Bréfritari: Þórarinn Stefánsson
Dagsetning: A-1923-10-22
Skrifað á: Vesturheimi

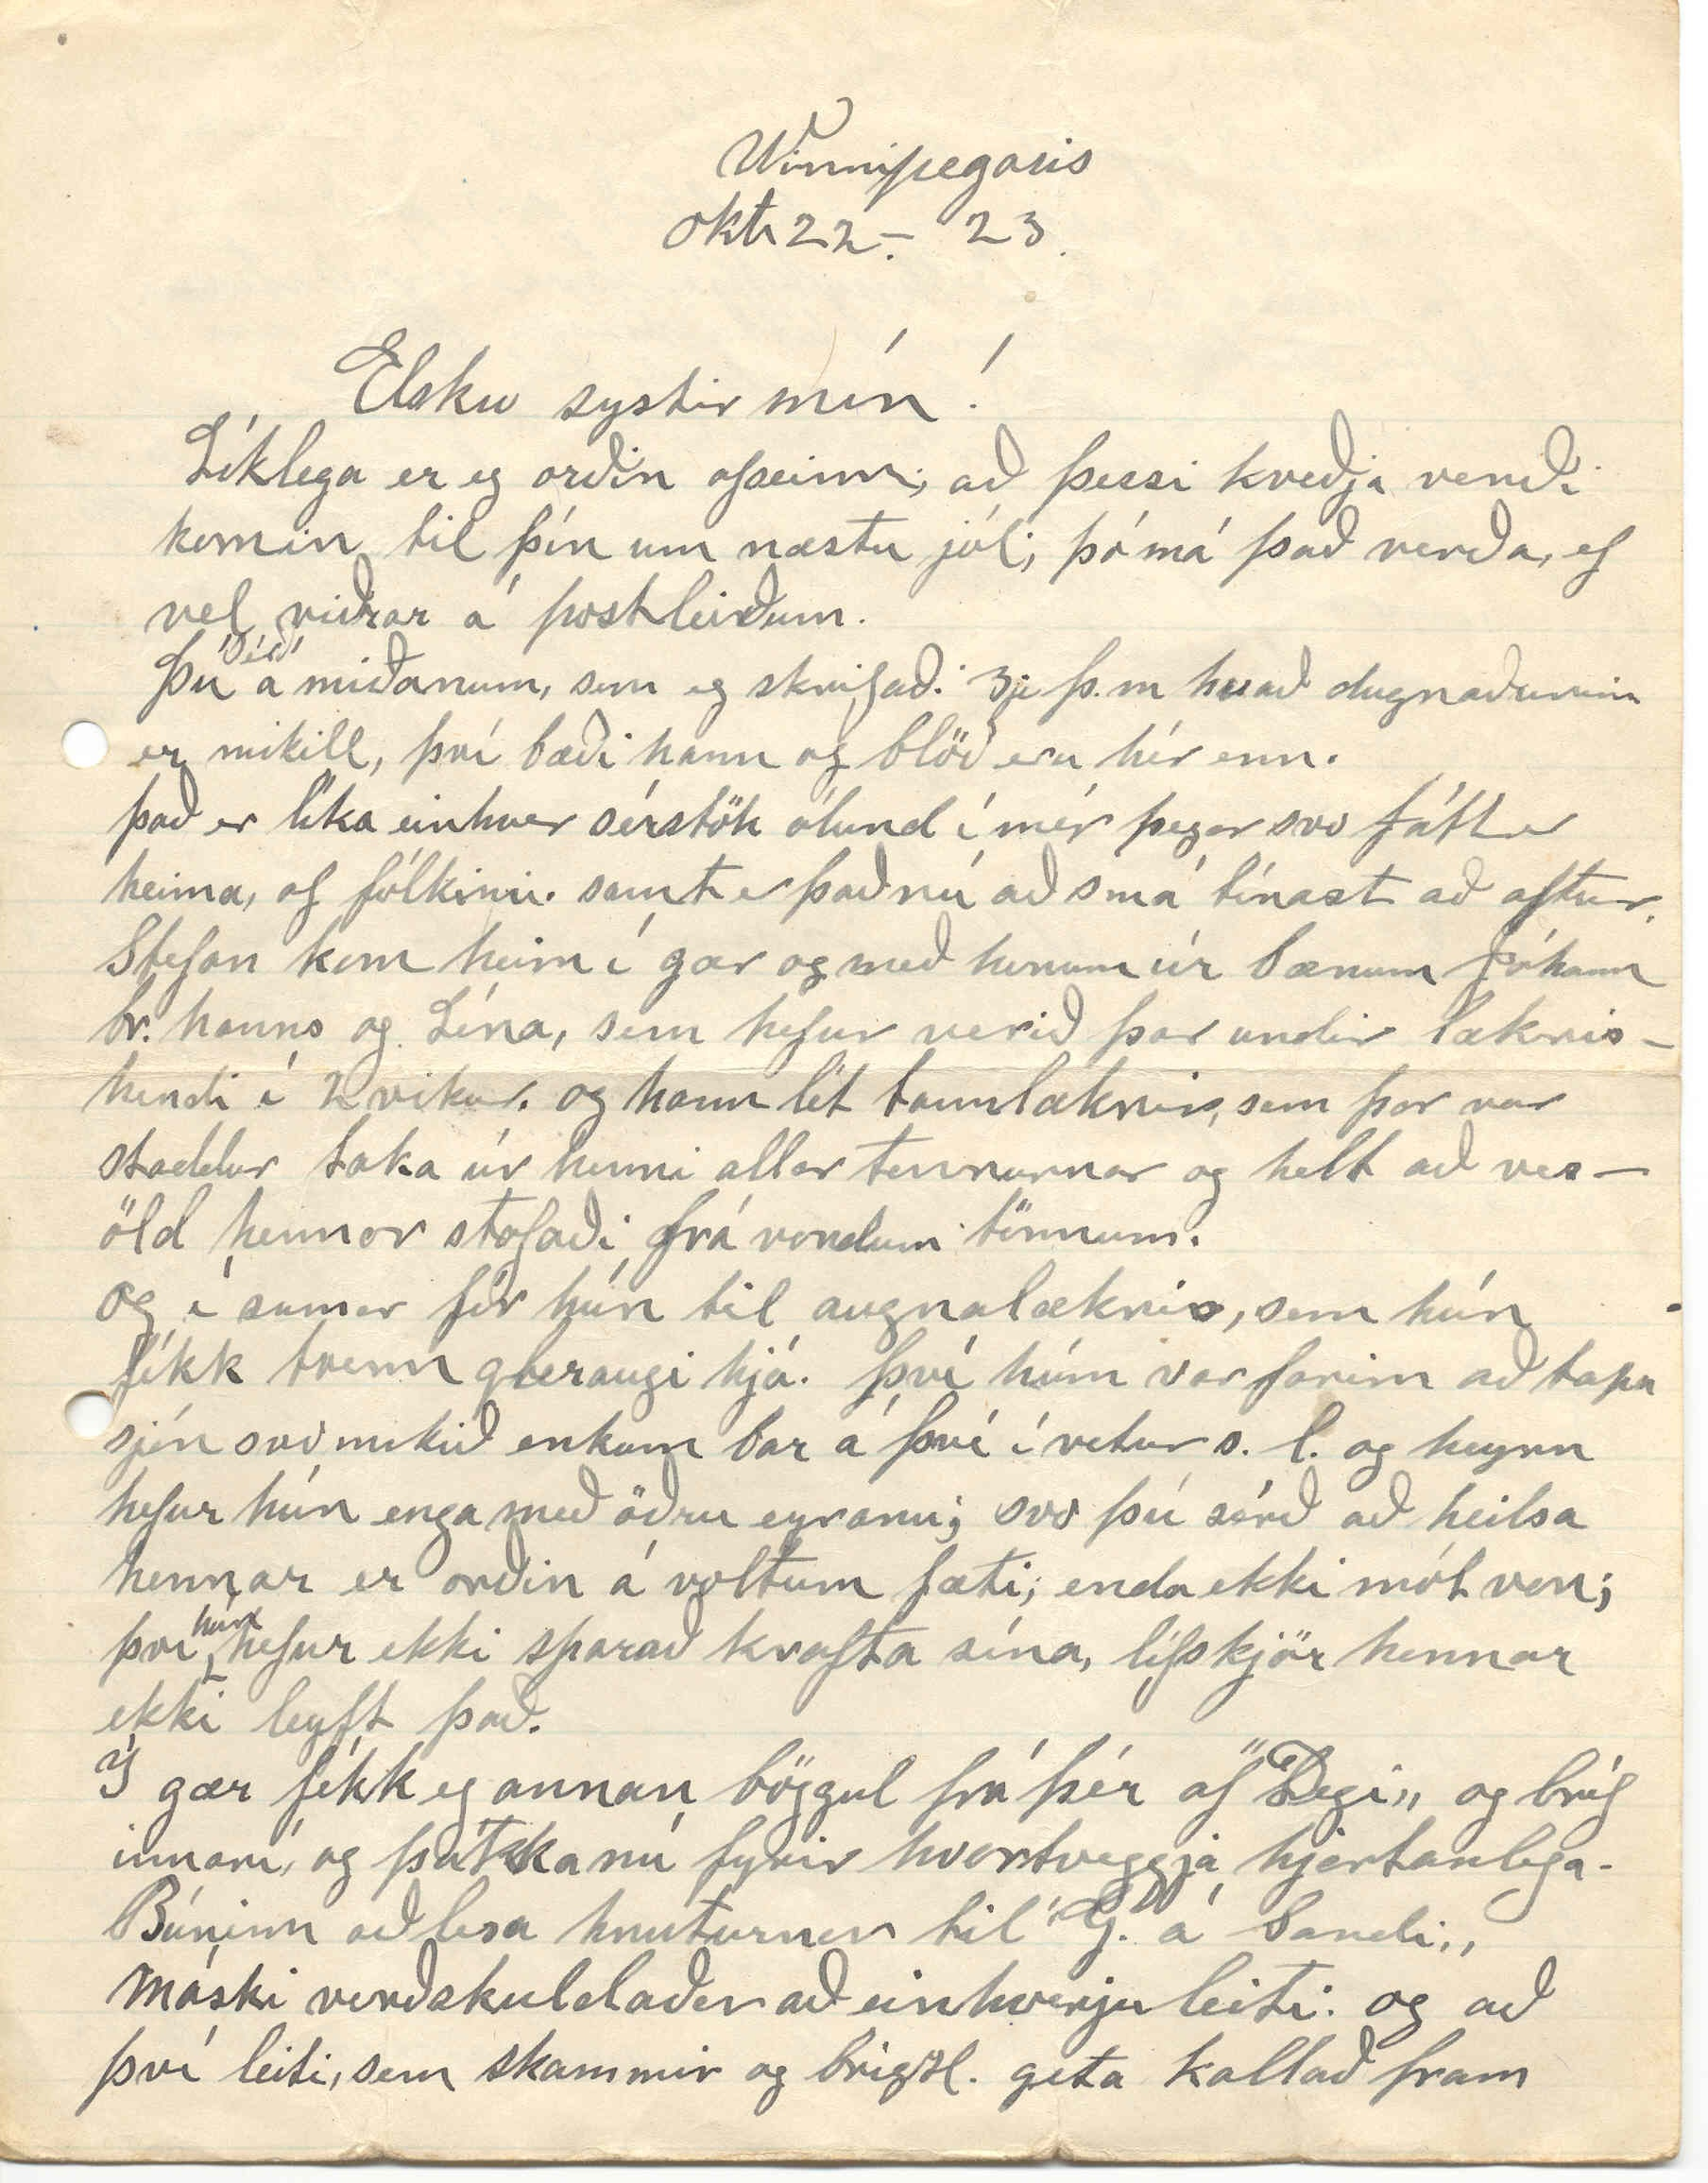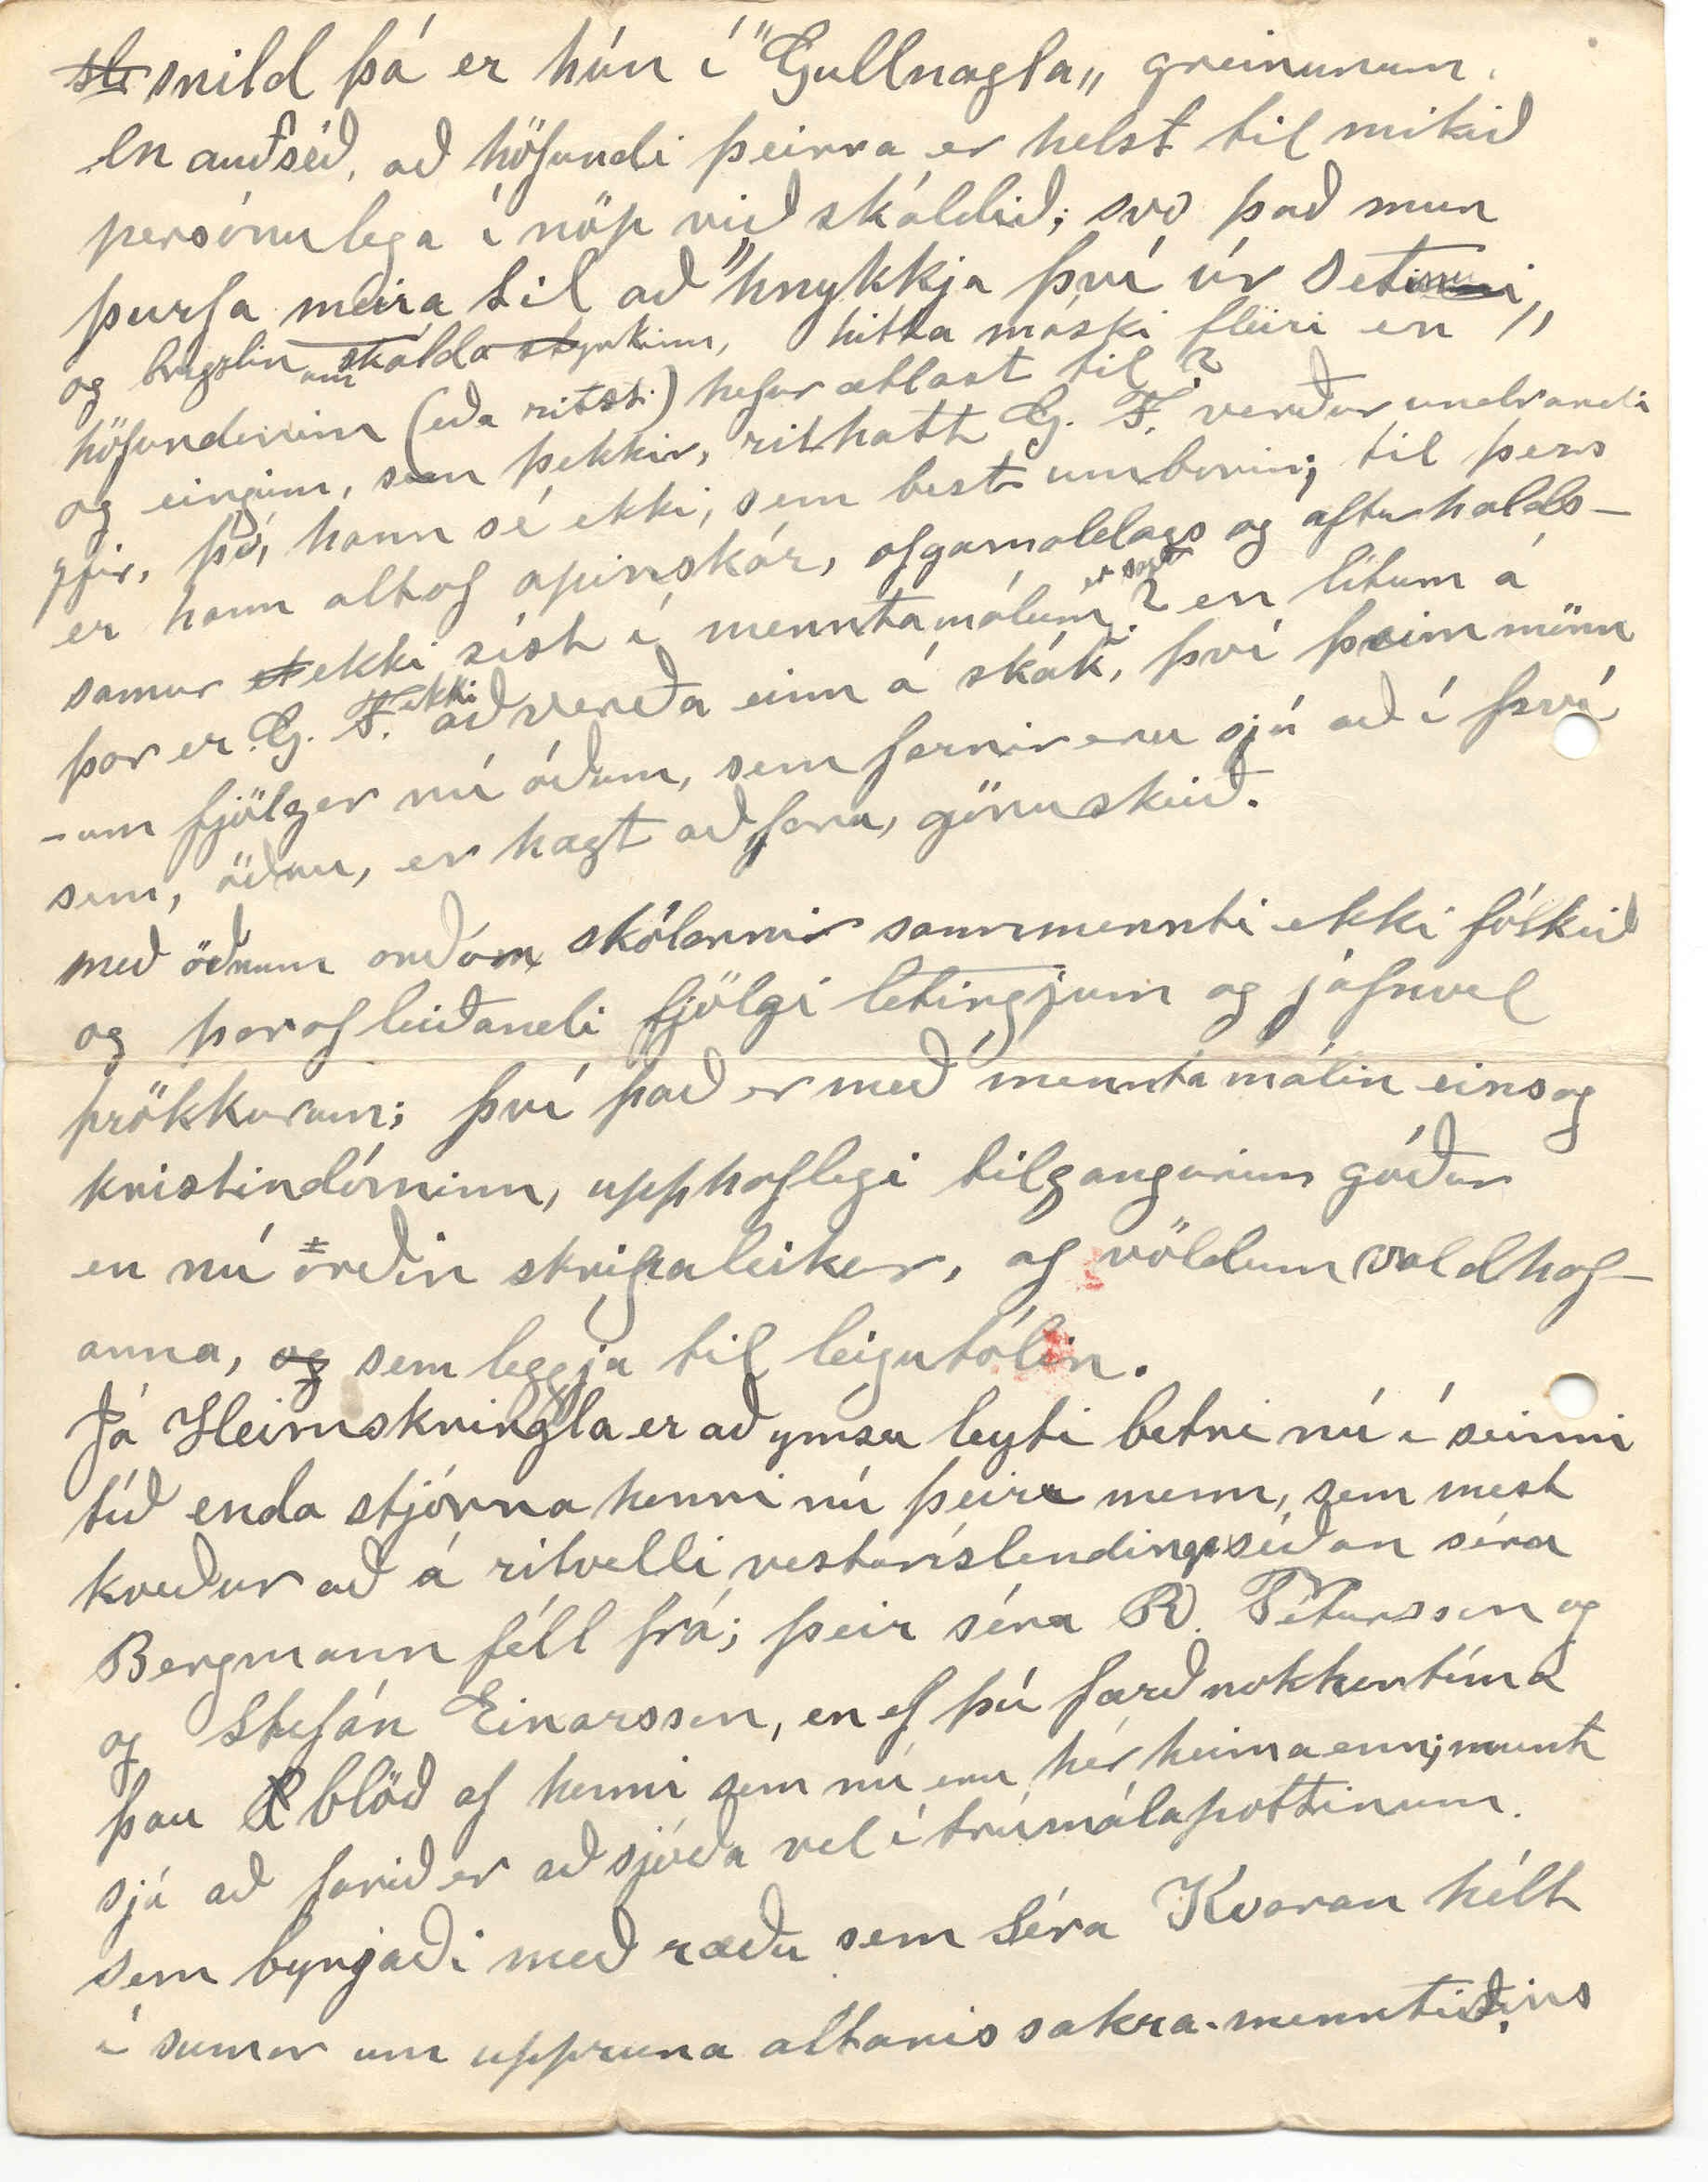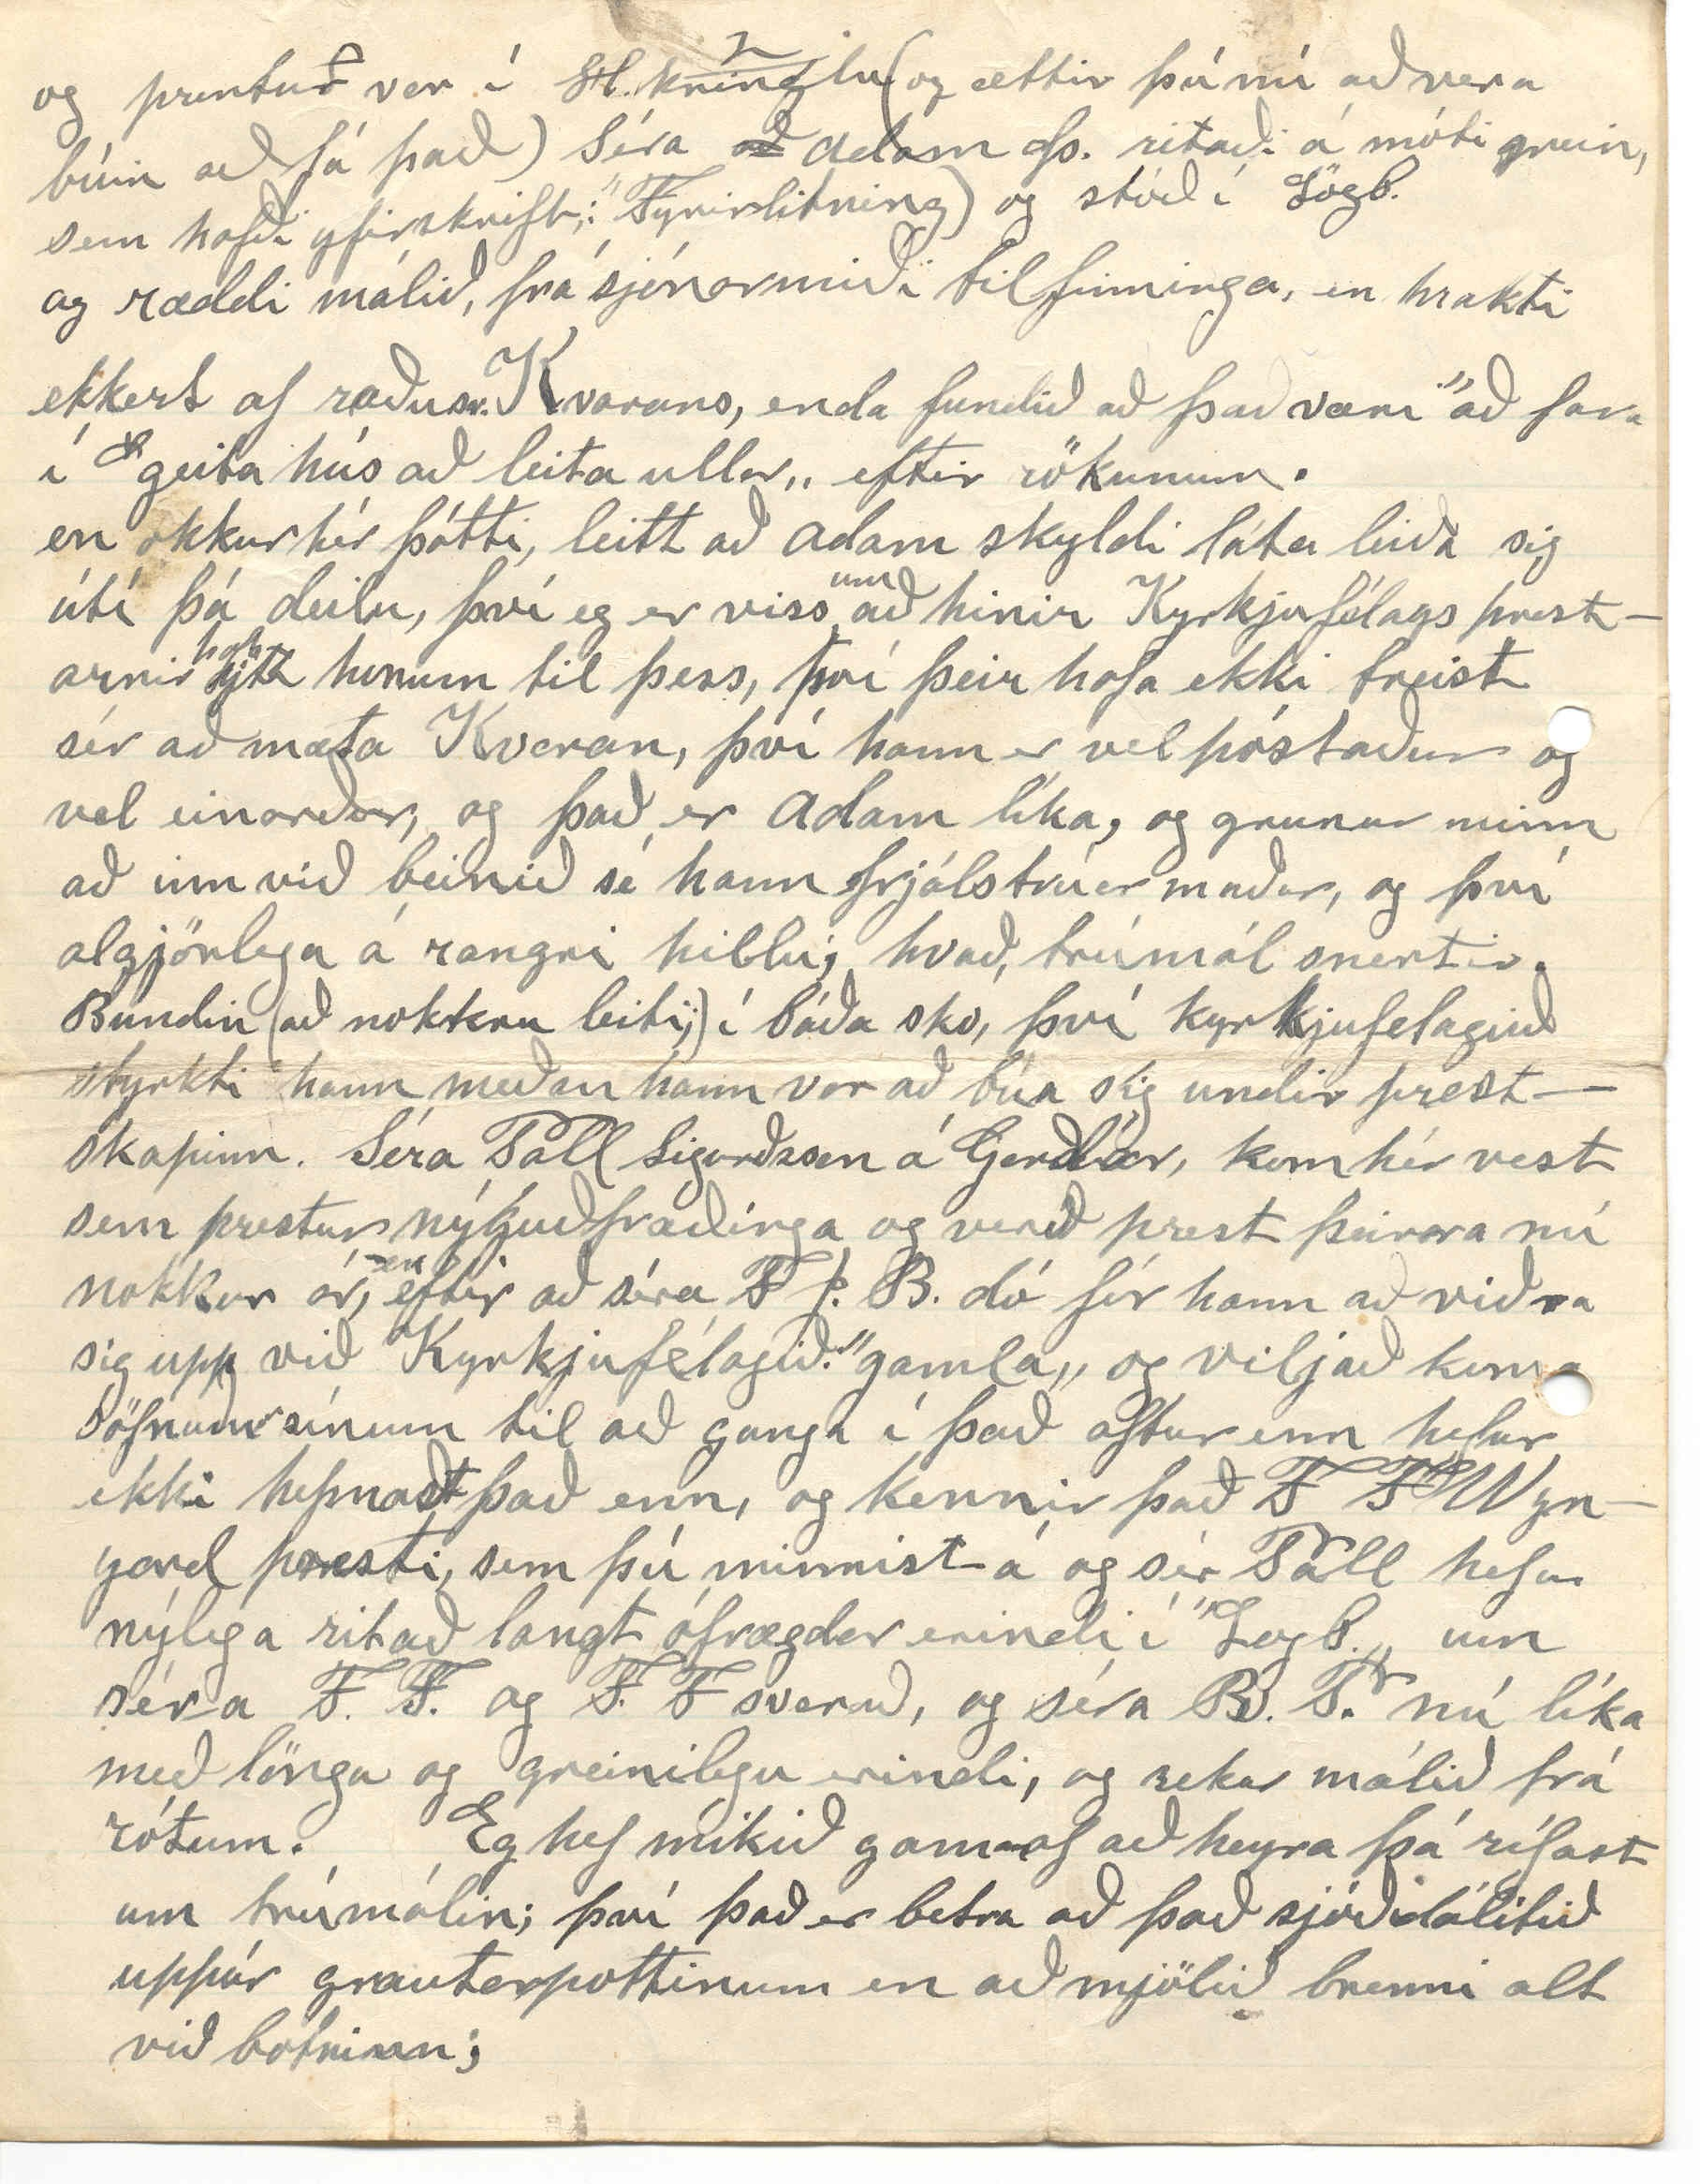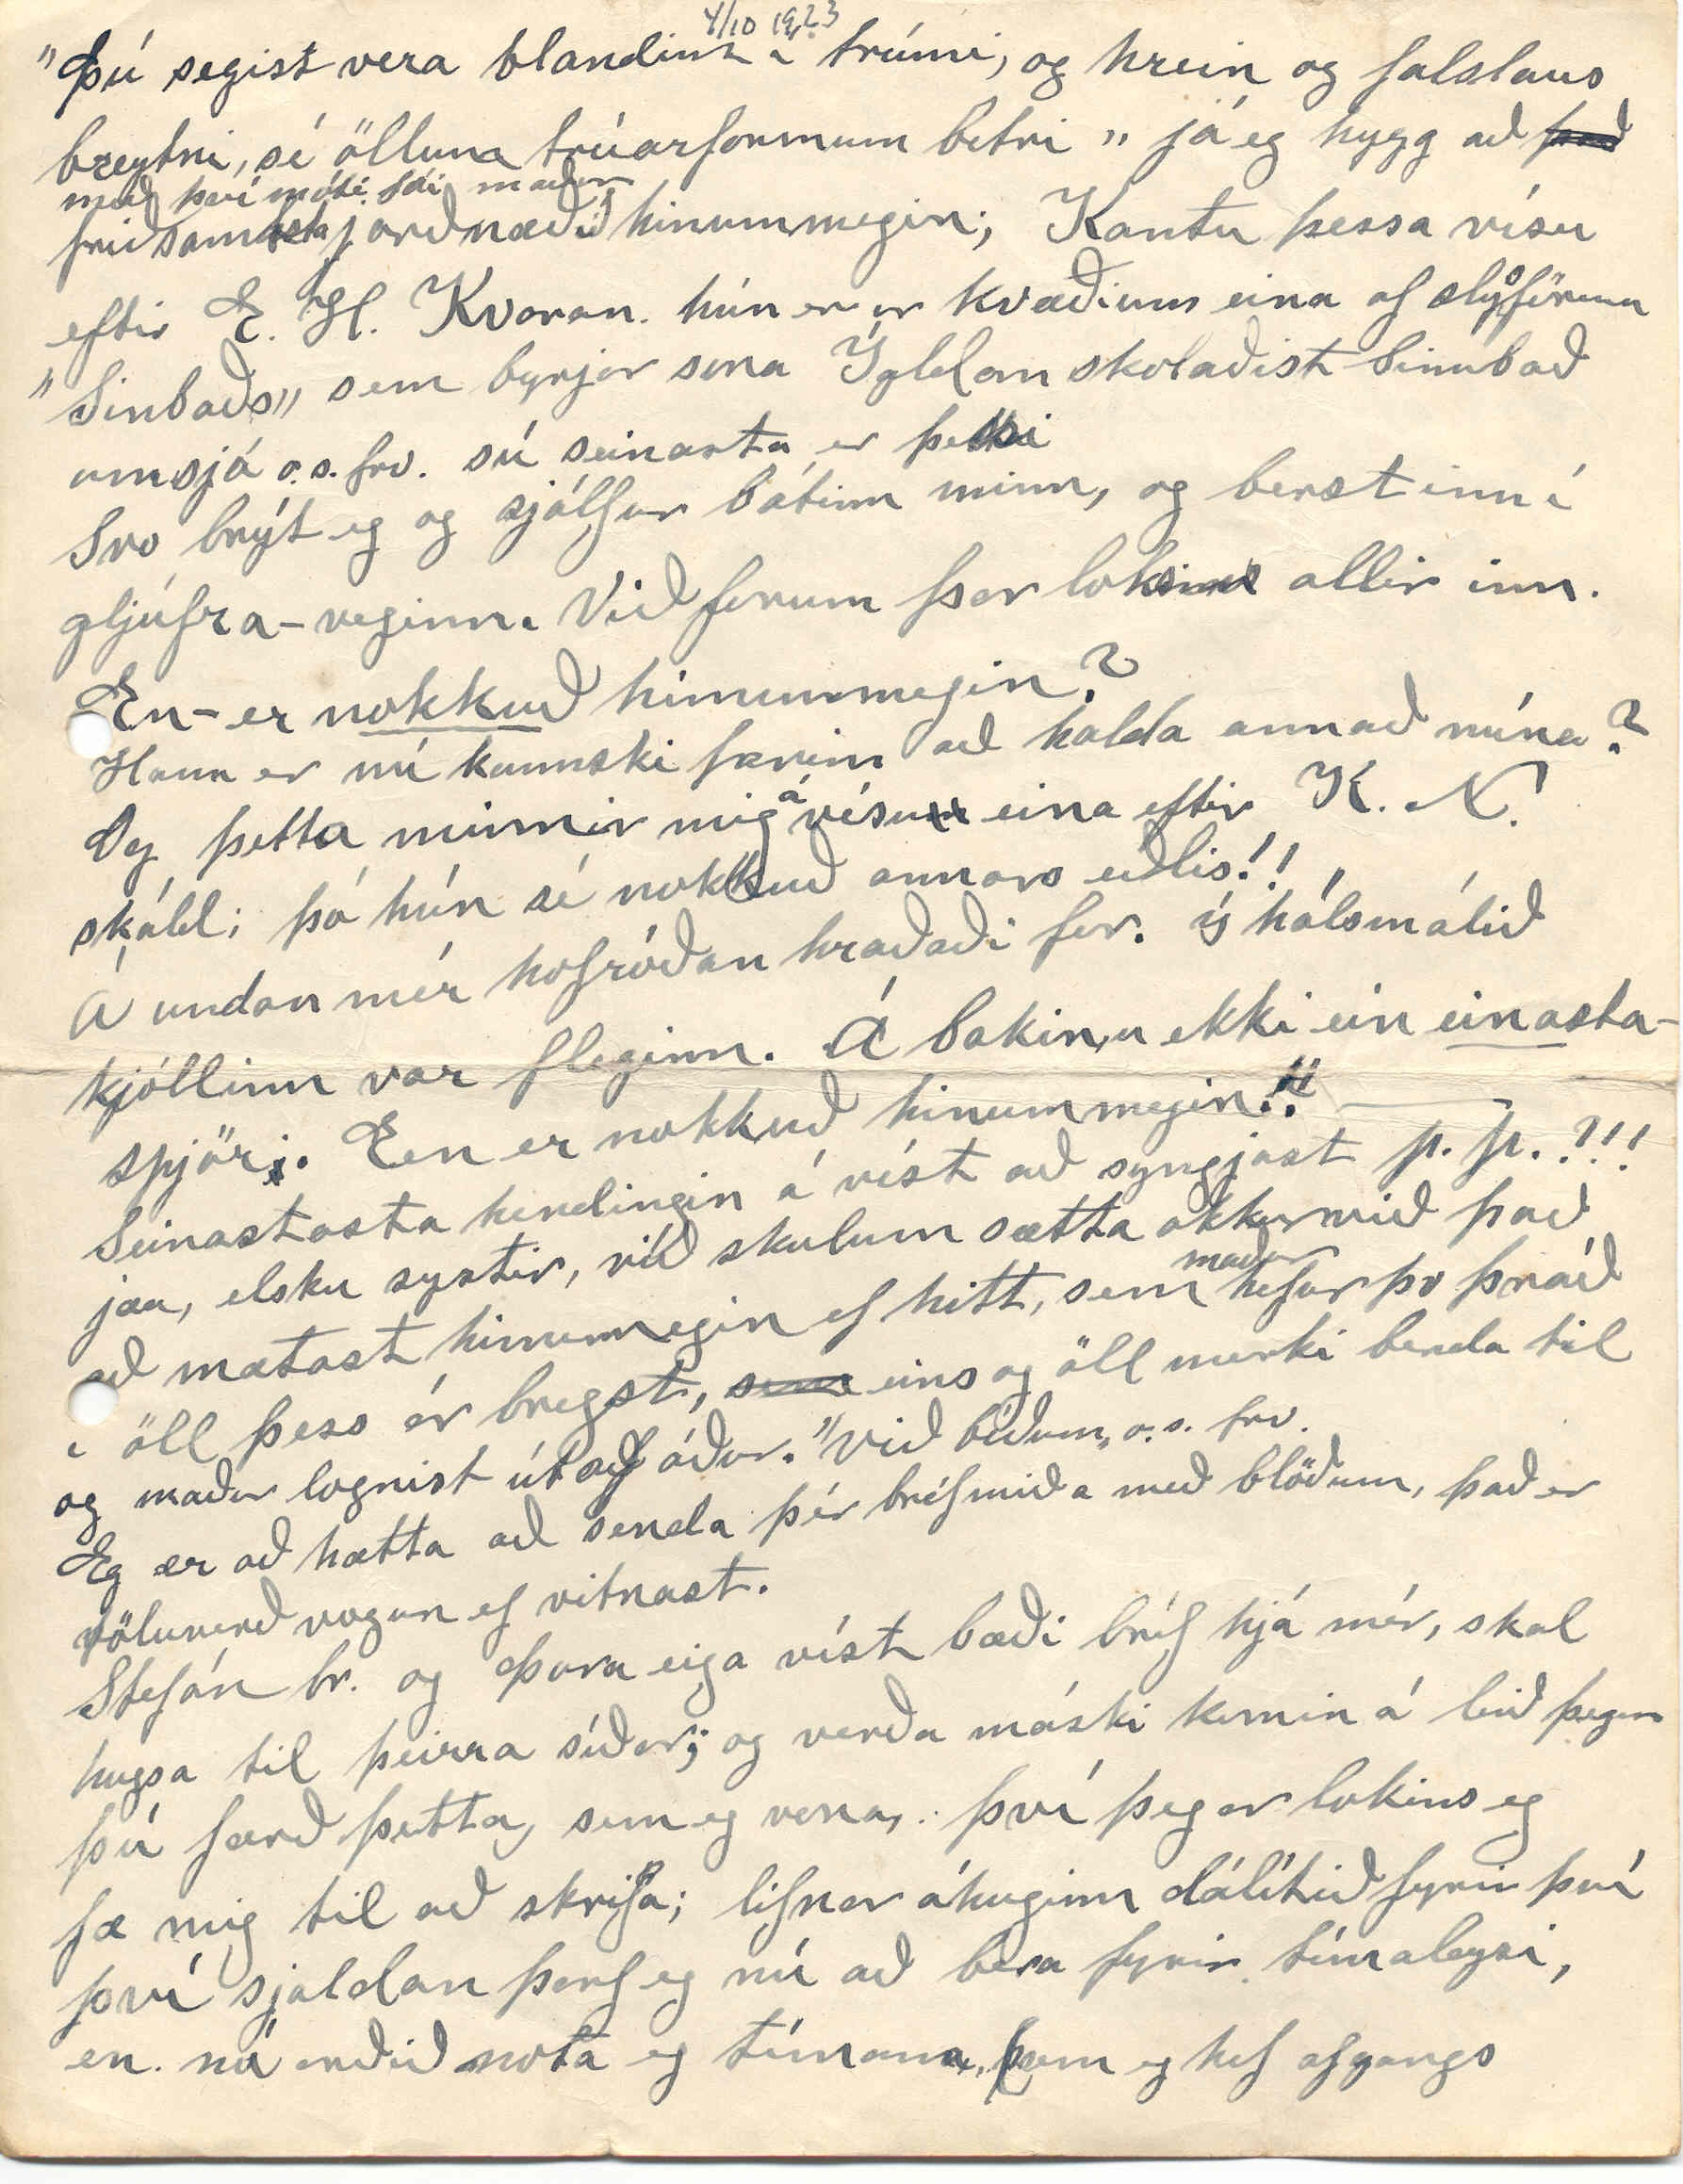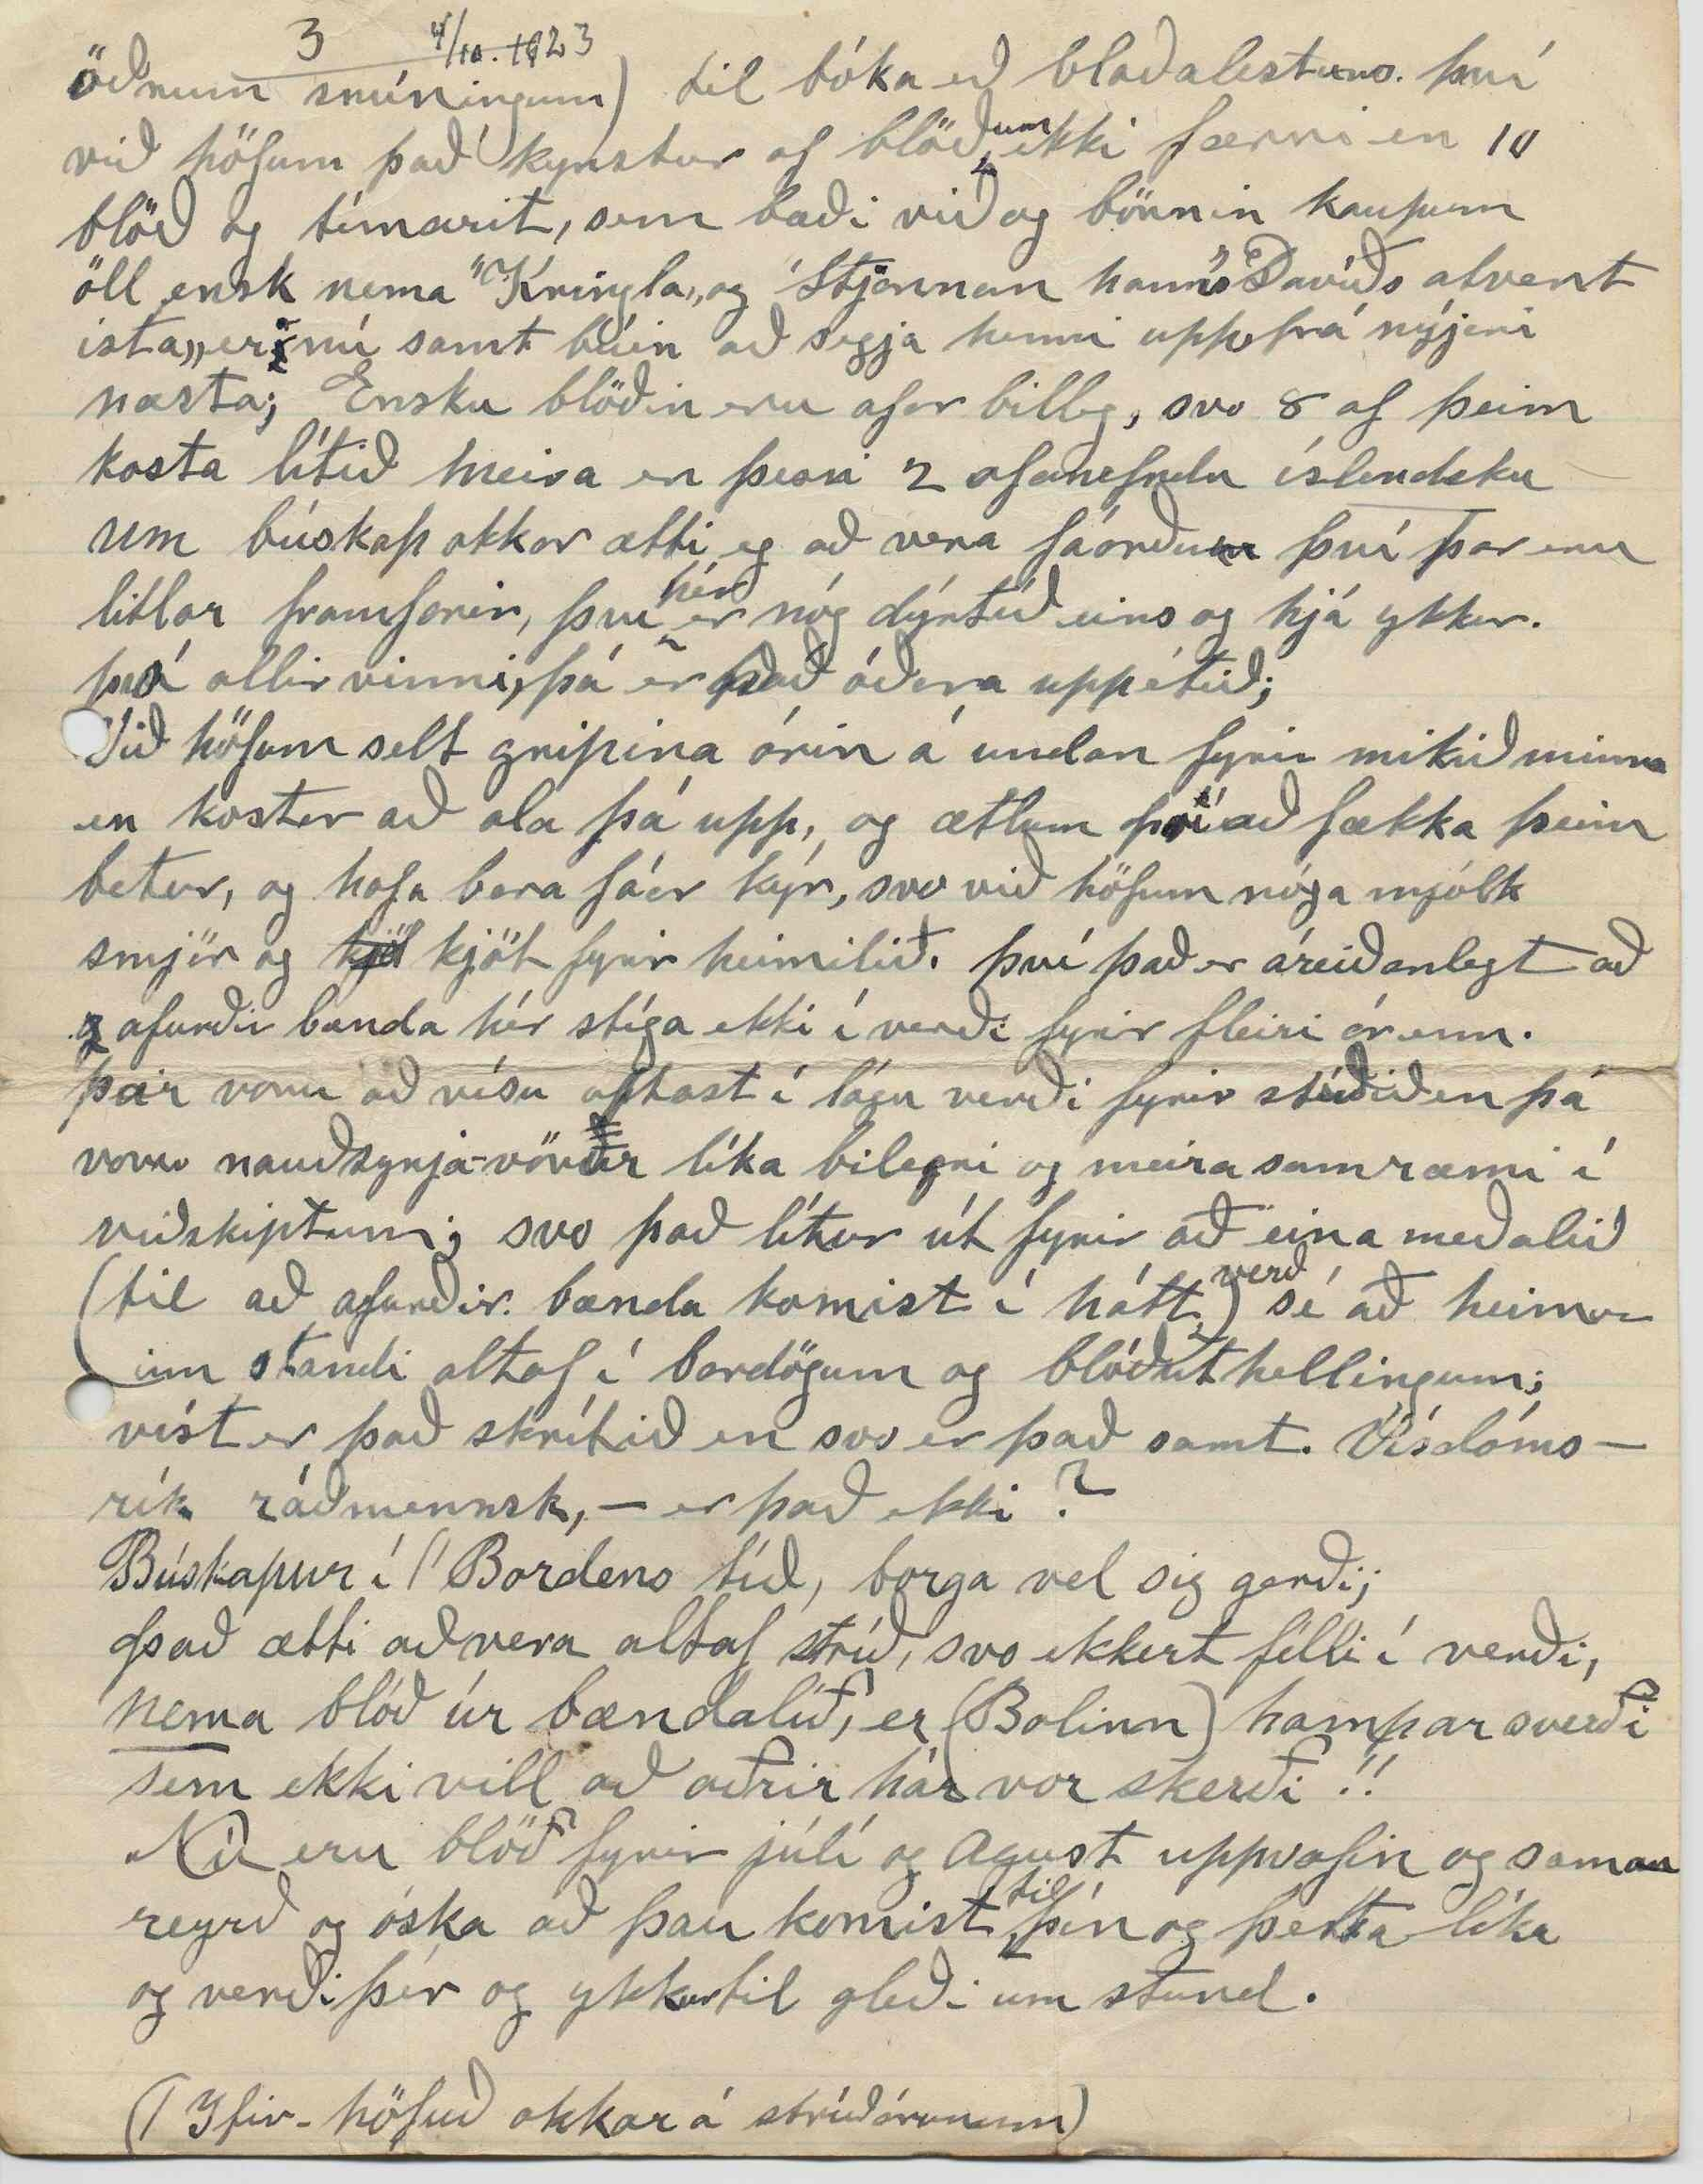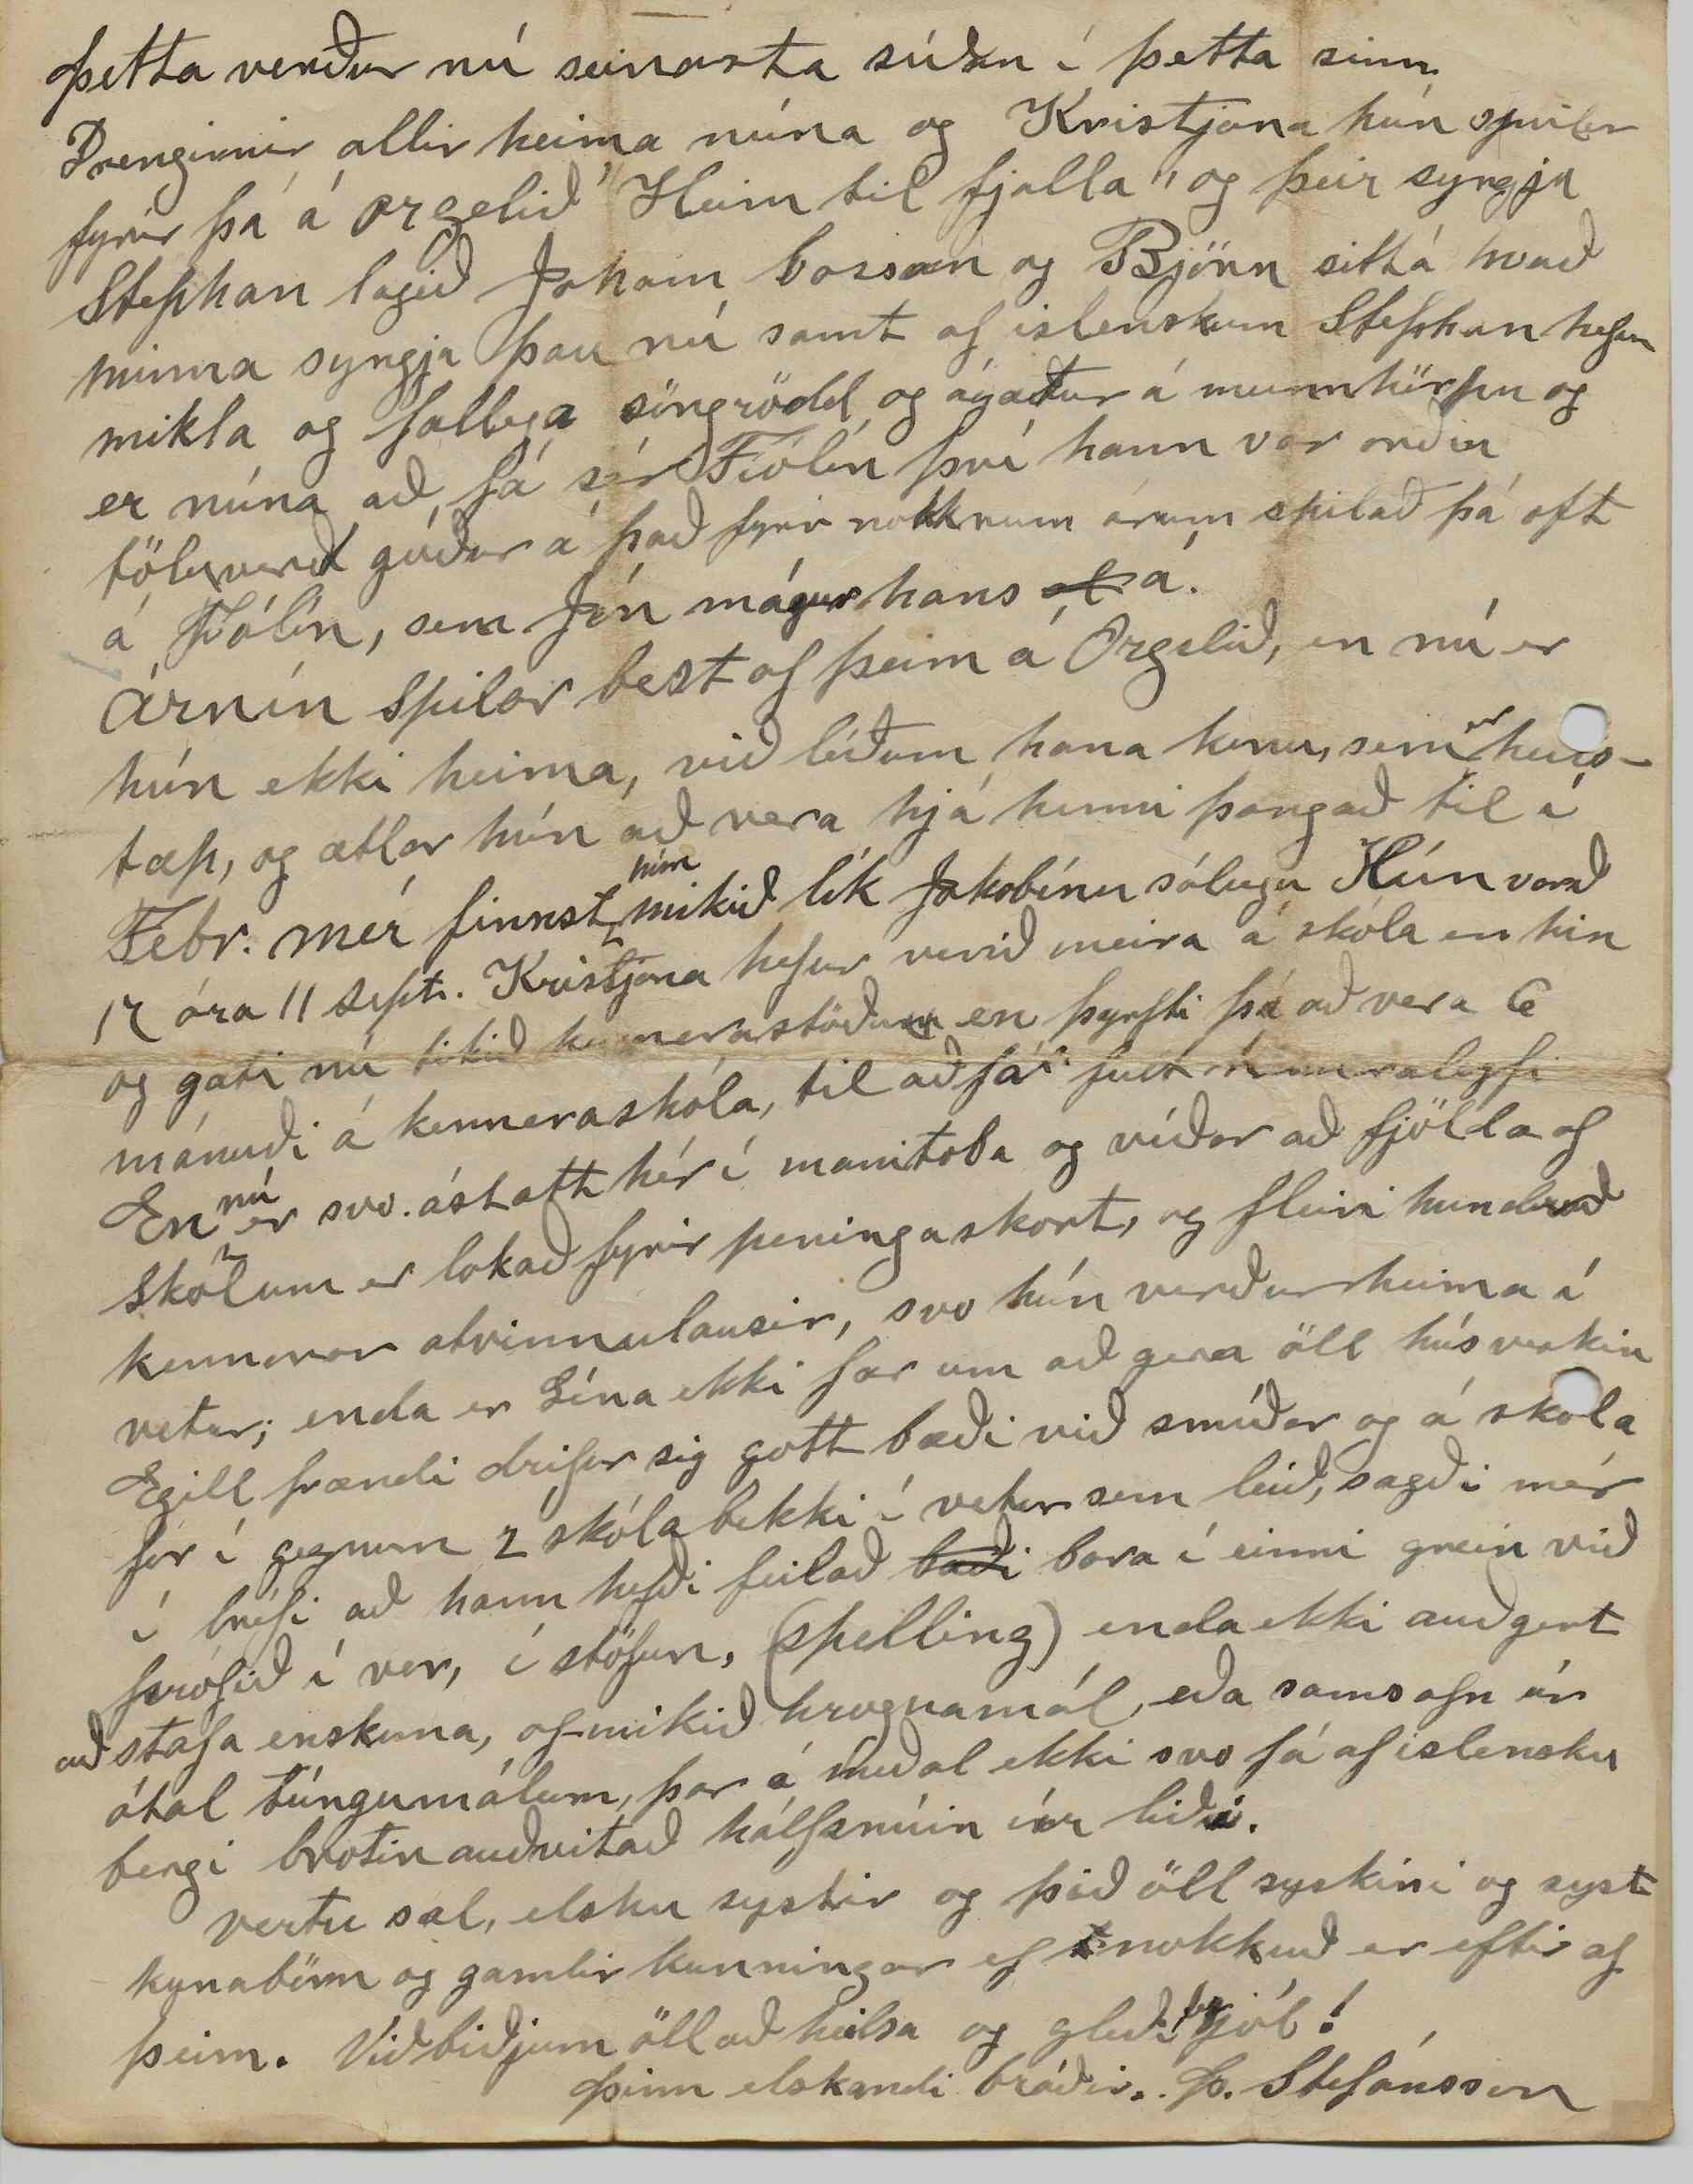

Winnipegosis
okt 22. - 23
Elsku systir mín!
Líklega er eg orðin of seinn; að þessi kveðja verði komin til þín um næstu jól; þó má það verða, ef vel viðrar á postleiðum.
Þú
sérð
á miðanum, sem eg skrifaði 3ja þ.m hvað dugnaðurinn er mikill, því bæði hann og blöð eru hér enn.
það er líka einhver sérstök ólund í mér þegar svo fátt er heima, af fólkini. samt er það nú að smá tínast að aftur. Stefan kom heim í gær og með honum úr bænum Jóhann br. hanns og Lína, sem hefur verið þar undir læknishendi í 2 vikur. og hann lét tannlæknir, sem þar var staddur taka úr henni allar tennurnar og helt að vesöld hennar stafaði frá vondum tönnum.
og í sumar fór hún til augnalæknis, sem hún fékk tvenn gleraugi hjá. því hún var farin að tapa sjón svo mikið enkum bar á því í vetur s.l. og heyrn hefur hún enga með öðru eyranu; svo þú sérð að heilsa hennar er orðin á voltum fæti; enda ekki
mól
von; því
hún
hefur ekki sparað krafta sína, lífskjör hennar ekki leyft það.
Í gær fékk eg annan böggul frá þér af ”Degi„ og bréf innaní, og þakka nú fyrir hvortveggja hjartanlega. Búninn að lesa hnuturnar til ”G. á Sandi„ máski verðskuldaðar að einhverju leiti. og að því leiti, sem skammir og brigsl. geta kallað fram
sl
snild þá er hún í ”Gullnagla„ greinunum en auðséð, að höfundi þeirra er helst til mikið persónulega í nöp við skáldið; svo það mun þurfa
meira til
að hnykkja því úr
setinu
og brigslin
um
skálda styrkinn, hitta máski fleiri en höfundurinn (eða ritst.) hefur ætlast til?
og einginn, sem þekkir, rithatt G. F. verður undrandi yfir, þó, hann sé ekki, sem best umborin; til þess er hann altof opinskár, of gamaldags og afturhaldssamur
et
ekki síst í menntamálum
er sagt
? en lítum á þar er. G. F.
ekki
að verða einn á skák, því þeim mönnum fjölgar nú óðum, sem farnir eru sjá að í því sem, öðru, er hægt að fara gönuskeið.
með öðrum orðum, skólarnir sannmennti ekki fólkið og þar af leiðandi fjölgi letingjum og jafnvel prökkurum; því það er með menntamálin eins og kristindóminn, upphaflegi tilgangurinn góður en nú orðin skripaleikur, af völdum valdhafanna,
og
sem leggja til leigutólin.
Já Heimskringla er að ýmsu leyti betri nú í seinni tíð enda stjórna henni nú þeir menn, sem mest kveður að á ritvelli vesturíslendinga síðan séra Bergmann féll frá; þeir séra R. Pétursson og og Stefán Einarsson, en ef þú færð nokkurtíma þau
0
blöð af henni sem nú eru hér heima enn; munt sjá að farið er að sjóða vel í trúmálapottinum. sem byrjaði með ræðu sem Séra Kvaran hélt í sumar um uppruna altarissakramenntisins
og prentuð var í H.kringlu (og ættir þú nú að vera búin að fá það) Séra
að
Adam Þ. ritaði á móti grein, sem hafði yfirskrift: ”Fyrirlitning) og stóð í Lögb. og ræddi málið, frá sjónarmiði tilfinninga, en hrakti ekkert af ræðu sr. Kvarans, enda fundið að það væri ”að fara í geita hús að leita ullar„ eftir rökunum.
en okkur hér þótti leitt að Adam skyldi láta leiða sig útí þá deilu, því eg er viss
um
að hinir Kyrkjufélags prestarnir
hafa
ýtt honum til þess, því þeir hafa ekki treist sér að mæta Kvaran, því hann er vel póstaður og vel einarður, og það er Adam líka, og grunur minn að inn við beinið sé hann frjálstrúar maður, og því algjörlega á rangri hillu; hvað, trúmál snertir. Bundin (að nokkru leiti;) í báða skó, því kyrkjufelagið styrkti hann meðan hann var að búa sig undir prestskapinn. Séra Páll Sigurðsson á
Gar000r
, kom hér vest sem prestur nýguðfræðinga og verð prest þeirra nú nokkur ár,
en
eftir að séra F Þ. B. dó fór hann að viðra sig upp við Kyrkjufélagið: ”gamla„ og viljað koma söfnuðum sínum til að ganga í það aftur enn hefur ekki hepnast það enn, og kennir það F F Wynyard presti, sem þú minnist á og sér Páll hefur nýlega ritað langt ófrægdar erindi í ”L og
0
„ um séra F. F. og F. F. svarað, og séra
R. P.
nú líka með löngu og greinilegu erindi, og rekur málið frá rótum. Eg hef mikið gaman af að heyra þá rífast um trúmálin; því það er betra að það sjóði dálítið uppúr grautarpottinum en að mjölið brenni alt við botninn;
”Þú segist vera blandinn í trúnni, og hrein og falslaus breytni, sé öllum trúarformum betri„ já eg hygg að
það
með því móti fái maður
friðsamasta jarðnæðið hinummegin; Kantu þessa vísu eftir E. H. Kvaran. hún er er kvæði um einn af
sljförum
”Sinbaðs„ sem byrjar sona Ígldan skolaðist Sinbað um sjó o.s.frv. sú seinasta er þessi
Svo brýt eg og sjálfur bátinn minn, og berst inn í gljúfra-veginn. Við forum þar loksins allir inn. En - er
nokkuð
hinummegin?
Hann er nú kannski farin að halda annað núna? Og þetta minnir mig
á
vísu
m
eina eftir K. N. skáld; þó hún sé nokkuð annars eðlis!!
Á undan mér hofróðan hraðaði for. Í hálsmálið kjóllinn var fleginn. Á bakinu ekki ein
einasta
spjör. Een er nokkuð hinummegin!!
Seinastasta hendingin á víst að syngjast p. p. !!!
jæa, elsku systir, við skulum sætta okkur við það að mætast hinumegin ef hitt, sem
maður
hefur þo þráð í öll þess ár bregst,
sem
eins og öll merki benda til og maður lognist út af áður. ”Við bíðum o.s.frv.
Eg er að hætta að senda þér bréfmiða með blöðum, það er töluverð vogun ef vitnast.
Stefán br. og Þura eiga víst bæði bréf hjá mér, skal hugsa til þeirra síðar; og verða máski komin á leið þegar þú færð þetta, sem eg vona, því þegar lokins eg fæ mig til að skrifa; lifnar áhuginn dálítið fyrir því því sjaldan þarf eg nú að bera fyrir tímaleysi, en nú orðið nota eg tímann þann eg hef afgangs
öðrum snúningum) til bóka eð blaðalesturs. því við höfum það kynstur af blöð
um
, ekki færri en 10 blöð og tímarit, sem bæði við og börnin kaupum öll ensk nema ”Kringla„ og Stjarnan hanns ”Davíðs atventista„ er nú samt búin að segja henni upp frá nýjari næsta; Ensku blöðin eru afar billeg, svo 8 af þeim kosta lítið meira en þessi 2 ofanefndu
íslendsku
um búskap okkar ætti eg að vera fáorður því þar eru litlar framfarir, því
hér
er nóg dýrtíð eins og hjá ykkur. þó allir vinni, þá er það óðara uppétið;
Við höfum selt gripina árin á undan fyrir mikið minna en kostar að ala þá upp, og ætlum því að fækka þeim betur, og hafa bara fáar kýr, svo við höfum nóga mjólk smjör og
kjöt
kjöt fyrir heimilið. því það er áreiðanlegt að
g
afurðir bænda hér stíga ekki í verði fyrir fleiri árum. þær voru að vísu optast í lágu verði fyrir stríðið en þá voru nauðsynja-vör
ð
ur líka bilegri og meira samræmi í viðskiptum; svo það lítur út fyrir að eina meðalið (til að afurðir bænda komist í hátt
verð
) sé að heimurinn standi altaf í bardögum og blóðuthellingum; víst er það skrítið en svo er það samt. Vísdómsrík ráðmennsk, - er það ekki?
Búskapur í
(Yfir-höfuð okkar á stríðsárunum)
Bordens tíð, borga vel sig gerði; Það ætti að vera altaf stríð, svo ekkert félli í verði,
nema
blóð úr bændalíð, er (Bolinn) hampar sverði sem ekki vill að aðrir hár vor skerði!!
Nú eru blöð fyrir júlí og agust uppvafin og samanreyrð og óska að þau komist
til
þín og þetta líka og verði þér og ykkur til gleði um stund.
Þetta verður nú seinasta síðan í þetta sinn. Drengirnir allir heima núna og Kristjana hún spilar fyrir þá á orgelið ”Heim til fjalla„ og þeir syngja Stephan lagið Johann bassan og Björn sitt á hvað minna syngja þau nú samt af islenskum Stephan hefur mikla og fallega söngrödd og ágætur á munnhörpu og er núna að fá sér Fíólín því hann var orðin töluvert góður á það fyrir nokkrum árum spilað þá oft á Fíólín, sem Jón mágur hans
00
á.
Árnín spilar best af þeim á Orgelið, en nú er hún ekki heima, við léðum hana konu, sem
er
heilstæp, og ætlar hún að vera hjá henni þangað til í Febr. mér finnst
hún
mikið lík Jakobínu sálugu Hún varð 17 ára 11 sept. Kristjana hefur verið meira á skóla en hin og gæti nú
tekið
kennarastöðu
m
en þyrfti þá að vera 6 mánuði á kennaraskóla, til að fá fult kennaraleyfi En
nú
er svo ástatt hér í manitoba og víðar að fjölda af skólum er lokað fyrir peningaskort, og fleiri hundruð kennarar atvinnulausir, svo hún verður heima í vetur; enda er Lína ekki fær um að gera öll húsverkin Egill frændi drifur sig gott bæði við smíðar og á skóla fór í gegnum 2 skólabekki í vetur sem leið, sagði mér í bréfi að hann hefði feilað
bæði
bara í einni grein við prófið í vor, í stöfun, (spelling) enda ekki auðgert að stafa enskuna, of mikið hrognamál, eða samsafn úr ótal túngumálum, þar á meðal ekki svo fá af islensku bergi brotin auðvitað hálfsnúin úr liði.
vertu sæl, elsku systir og þið öll systkini og systkynabörn og gamlir kunningar ef
0
nokkuð er eftir af þeim. Við biðjum öll að heilsa og gleði
leg
jól!
Þinn elskandi bróðir. Þ. Stefánsson